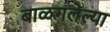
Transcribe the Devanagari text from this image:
बाळगलेल्या